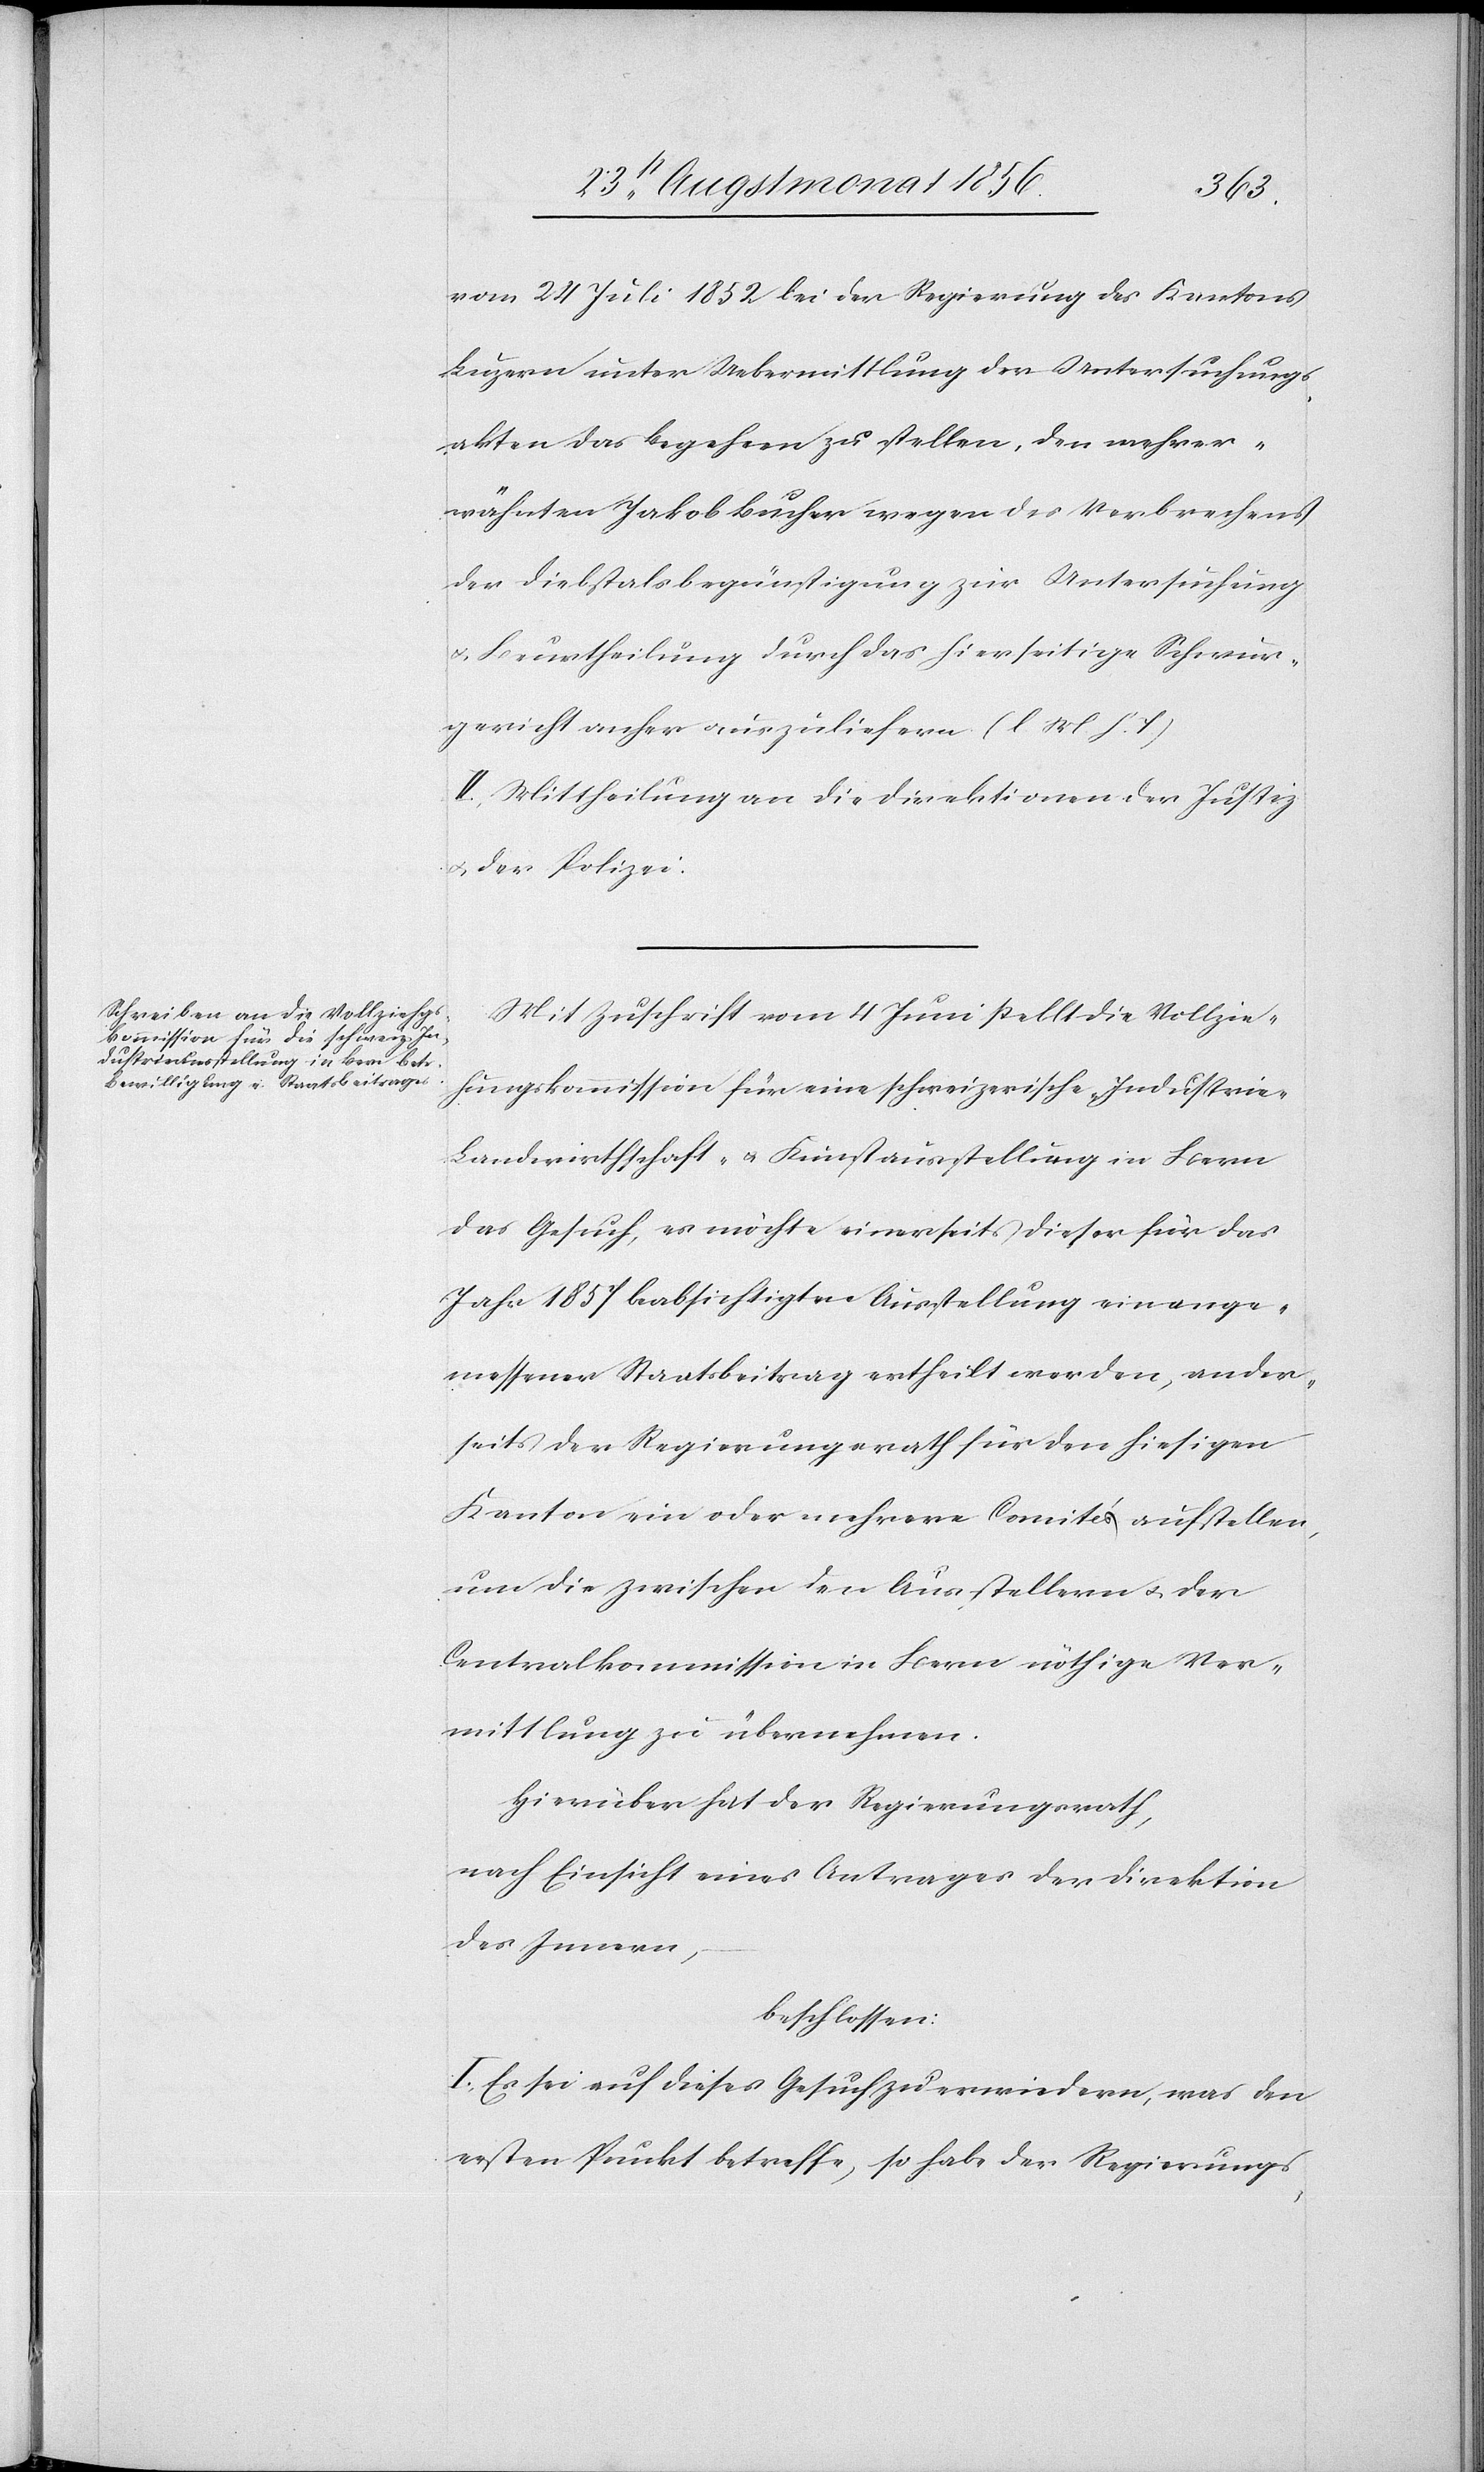
e-[,]
vom 24 Juli 1852 bei der Regierung des Kantons
Luzern unter Uebermittlung der Untersuchungs¬
akten das Begehren zu stellen, den mehrer¬
wähnten Jakob Bucher wegen des Verbrechens
der Diebstalsbegünstigung zur Untersuchung
u. Beurtheilung durch das hierseitige Schwur¬
gericht anher auszuliefern. (l M h. T)
II.) Mittheilung an die Direktionen der Justiz
u. der Polizei.
Mit Zuschrift vom 4 Juni stellt die Vollzie¬
hungskommission für eine schweizerische Industri¬
Landwirthschaft- u. Kunstausstellung in Bern
das Gesuch, es möchte einerseits dieser für das
Jahr 1857 beabsichtigten Ausstellung ein ange¬
messener Staatsbeitrag ertheilt werden, ander¬
seits der Regierungsrath für den hiesigen
Kanton ein oder mehrere Comités aufstellen,
um die zwischen den Ausstellern u. der
Centralkommission in Bern nöthige Ver¬
mittlung zu übernehmen.
Hierüber hat der Regierungsrath,
nach Einsicht eines Antrages der Direktion
des Innern,
beschlossen:
I.) Es sei auf dieses Gesuch zu erwiedern, was den
ersten Punkt betreffe, so habe der Regierungs-